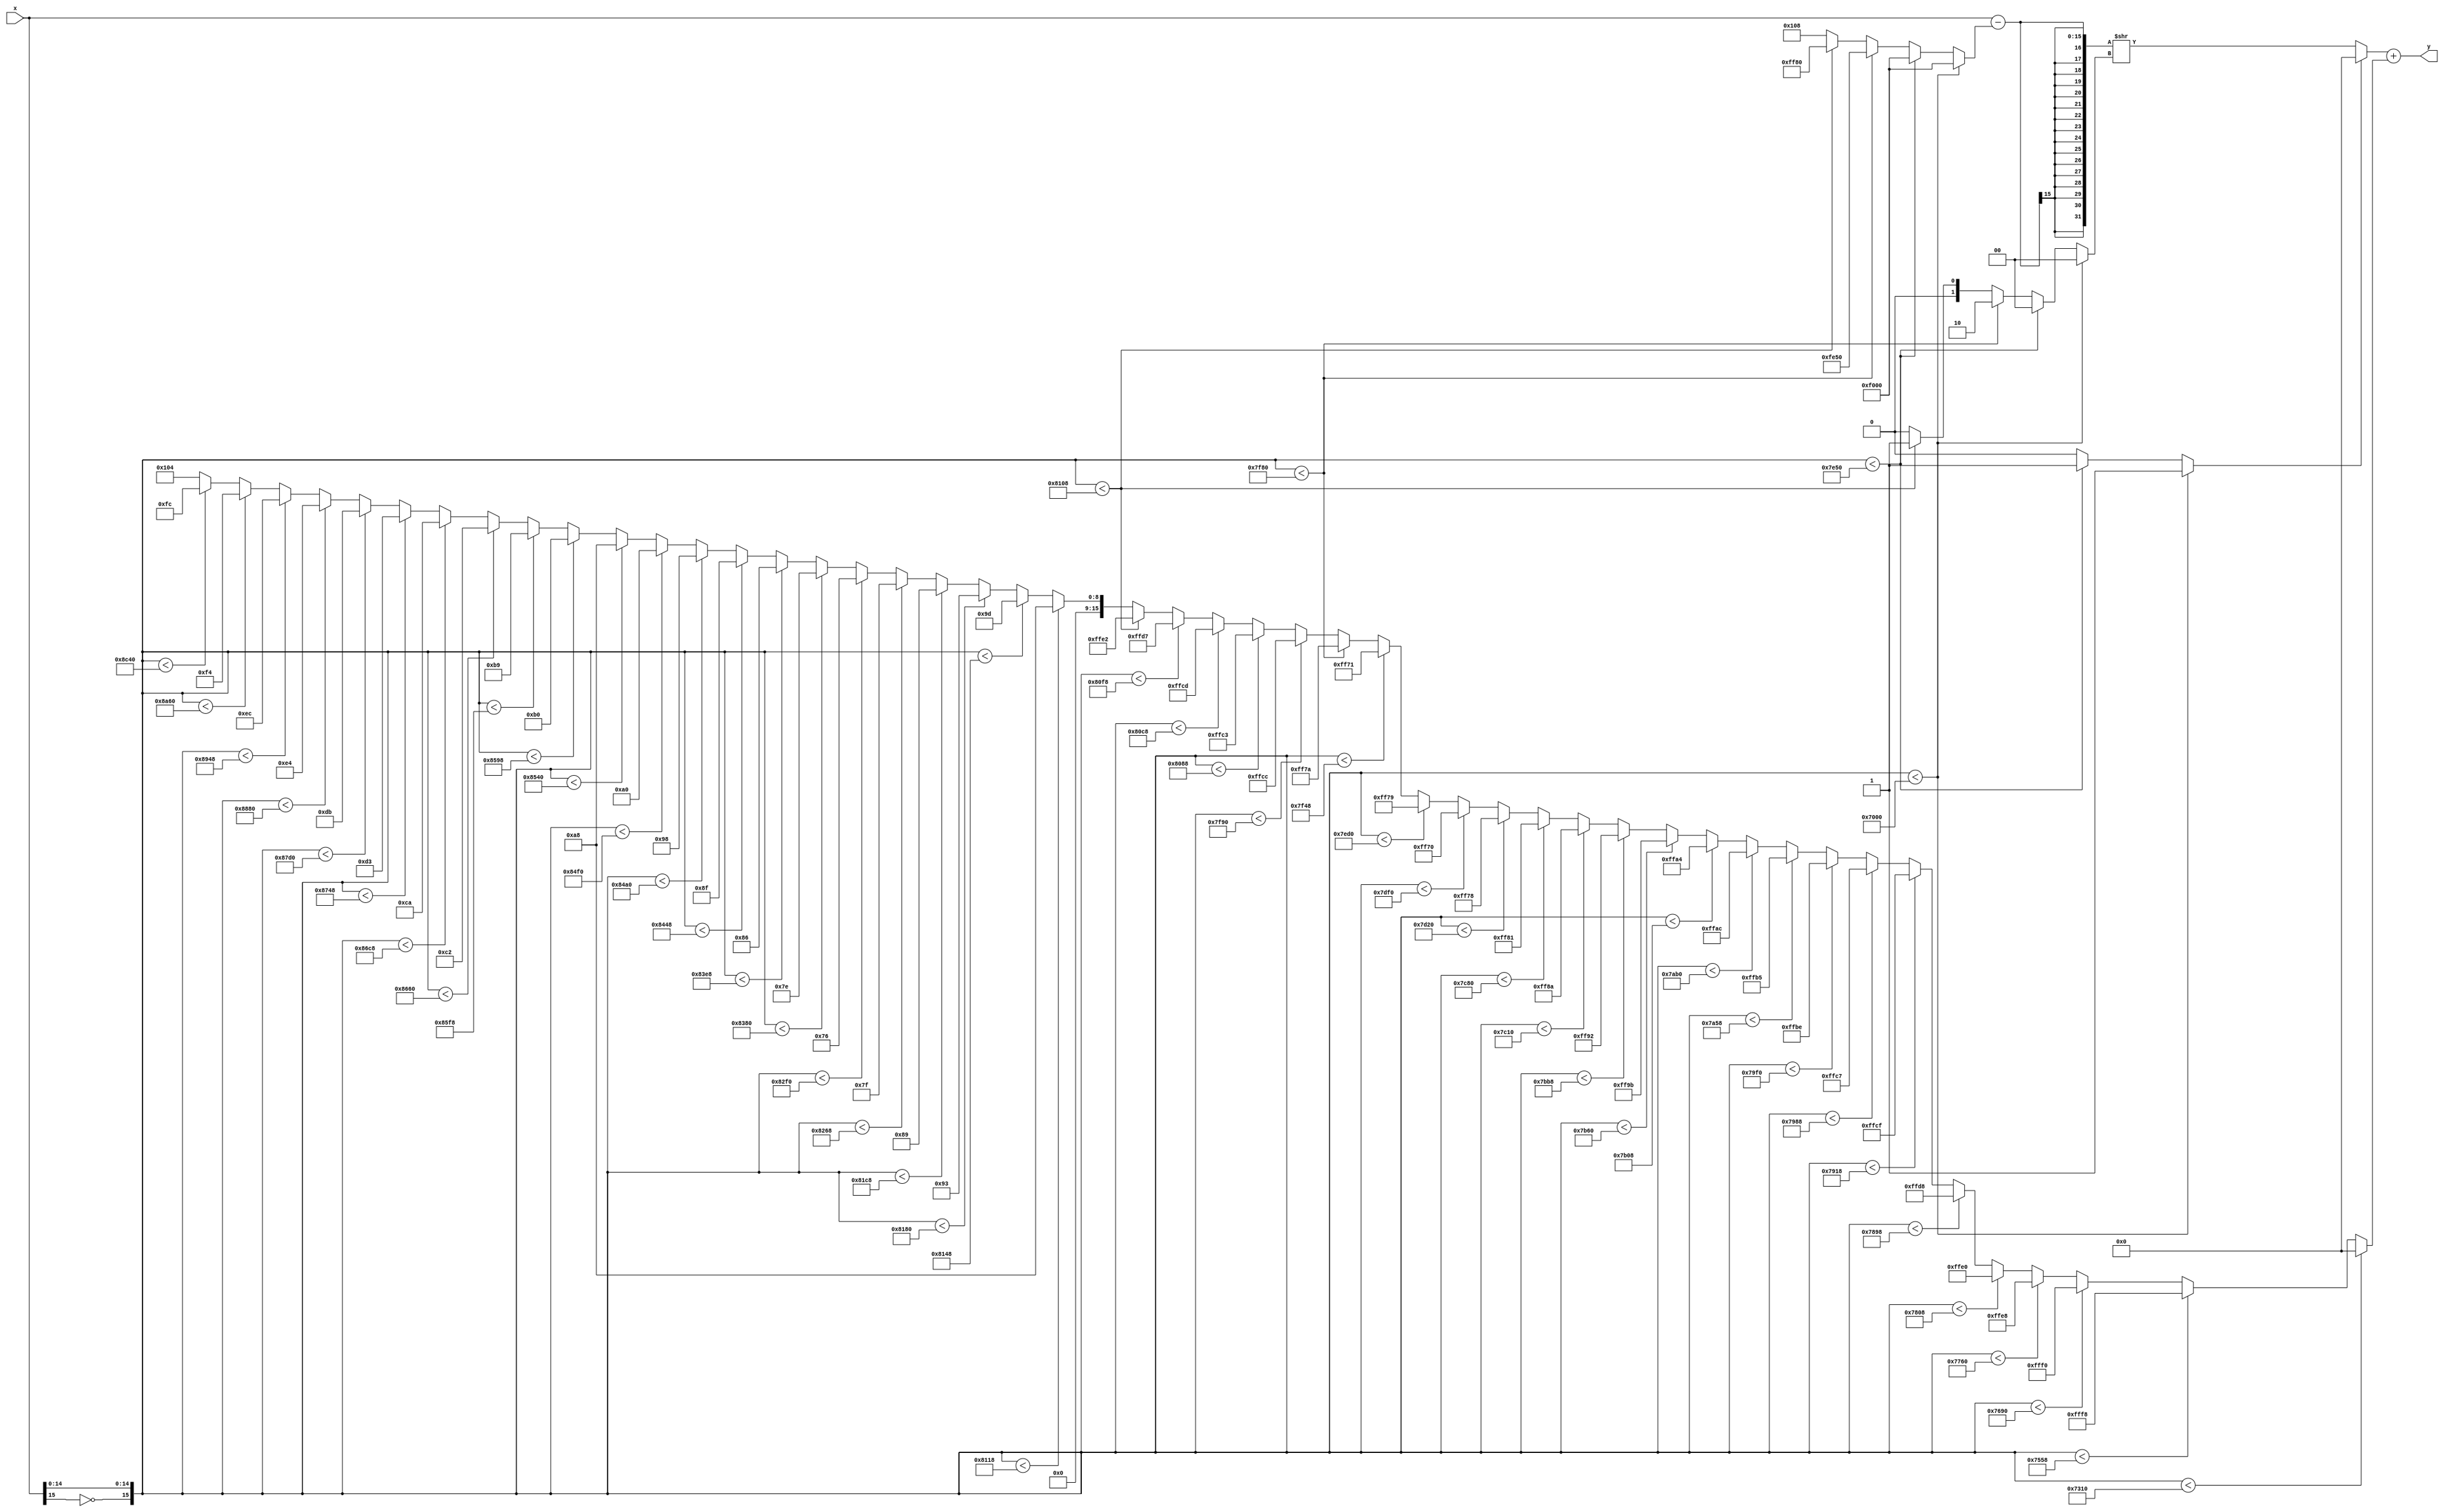
module siluPWL(
	input [15:0] x,
	output wire [15:0] y
);

reg [3:0] slope;
reg [15:0] bias;
reg [15:0] x_delta;
reg zero;
wire [15:0] x_ = (x - x_delta);
assign y = ((zero)? 0: ({{16{x_[15]}},x_} >> slope)) + bias;

/**************** Compare and LUT *****************/
always @(*) begin
	if({~x[15],x[14:0]} < (16'h7000)) begin // -8.000000 
		slope = 16'h0;
		zero = 1;
		x_delta = 16'hf000;
	end else 	if({~x[15],x[14:0]} < (16'h7e50)) begin // -0.843750 
		slope = 16'h0;
		zero = 1;
		x_delta = 16'hf000;
	end else 	if({~x[15],x[14:0]} < (16'h7f80)) begin // -0.250000 
		slope = 16'h2; // 0.250000
		zero = 0;
		x_delta = 16'hfe50;
	end else 	if({~x[15],x[14:0]} < (16'h8108)) begin // 0.515625 
		slope = 16'h1; // 0.500000
		zero = 0;
		x_delta = 16'hff80;
	end else begin
		slope = 16'h0; // 1.000000
		zero = 0;
		x_delta = 16'h108;
	end

	if({~x[15],x[14:0]} < (16'h7310)) begin // -6.468750
		bias = 16'h0; // 0.000000 
	end else 	if({~x[15],x[14:0]} < (16'h7558)) begin // -5.328125
		bias = 16'hfff8; // -0.015625 
	end else 	if({~x[15],x[14:0]} < (16'h7690)) begin // -4.718750
		bias = 16'hfff0; // -0.031250 
	end else 	if({~x[15],x[14:0]} < (16'h7760)) begin // -4.312500
		bias = 16'hffe8; // -0.046875 
	end else 	if({~x[15],x[14:0]} < (16'h7808)) begin // -3.984375
		bias = 16'hffe0; // -0.062500 
	end else 	if({~x[15],x[14:0]} < (16'h7898)) begin // -3.703125
		bias = 16'hffd8; // -0.078125 
	end else 	if({~x[15],x[14:0]} < (16'h7918)) begin // -3.453125
		bias = 16'hffcf; // -0.095703 
	end else 	if({~x[15],x[14:0]} < (16'h7988)) begin // -3.234375
		bias = 16'hffc7; // -0.111328 
	end else 	if({~x[15],x[14:0]} < (16'h79f0)) begin // -3.031250
		bias = 16'hffbe; // -0.128906 
	end else 	if({~x[15],x[14:0]} < (16'h7a58)) begin // -2.828125
		bias = 16'hffb5; // -0.146484 
	end else 	if({~x[15],x[14:0]} < (16'h7ab0)) begin // -2.656250
		bias = 16'hffac; // -0.164062 
	end else 	if({~x[15],x[14:0]} < (16'h7b08)) begin // -2.484375
		bias = 16'hffa4; // -0.179688 
	end else 	if({~x[15],x[14:0]} < (16'h7b60)) begin // -2.312500
		bias = 16'hff9b; // -0.197266 
	end else 	if({~x[15],x[14:0]} < (16'h7bb8)) begin // -2.140625
		bias = 16'hff92; // -0.214844 
	end else 	if({~x[15],x[14:0]} < (16'h7c10)) begin // -1.968750
		bias = 16'hff8a; // -0.230469 
	end else 	if({~x[15],x[14:0]} < (16'h7c80)) begin // -1.750000
		bias = 16'hff81; // -0.248047 
	end else 	if({~x[15],x[14:0]} < (16'h7d20)) begin // -1.437500
		bias = 16'hff78; // -0.265625 
	end else 	if({~x[15],x[14:0]} < (16'h7df0)) begin // -1.031250
		bias = 16'hff70; // -0.281250 
	end else 	if({~x[15],x[14:0]} < (16'h7ed0)) begin // -0.593750
		bias = 16'hff79; // -0.263672 
	end else 	if({~x[15],x[14:0]} < (16'h7f48)) begin // -0.359375
		bias = 16'hff71; // -0.279297 
	end else 	if({~x[15],x[14:0]} < (16'h7f80)) begin // -0.250000
		bias = 16'hff7a; // -0.261719 
	end else 	if({~x[15],x[14:0]} < (16'h7f90)) begin // -0.218750
		bias = 16'hffcc; // -0.101562 
	end else 	if({~x[15],x[14:0]} < (16'h8088)) begin // 0.265625
		bias = 16'hffc3; // -0.119141 
	end else 	if({~x[15],x[14:0]} < (16'h80c8)) begin // 0.390625
		bias = 16'hffcd; // -0.099609 
	end else 	if({~x[15],x[14:0]} < (16'h80f8)) begin // 0.484375
		bias = 16'hffd7; // -0.080078 
	end else 	if({~x[15],x[14:0]} < (16'h8108)) begin // 0.515625
		bias = 16'hffe2; // -0.058594 
	end else 	if({~x[15],x[14:0]} < (16'h8118)) begin // 0.546875
		bias = 16'ha8; // 0.328125 
	end else 	if({~x[15],x[14:0]} < (16'h8148)) begin // 0.640625
		bias = 16'h9d; // 0.306641 
	end else 	if({~x[15],x[14:0]} < (16'h8180)) begin // 0.750000
		bias = 16'h93; // 0.287109 
	end else 	if({~x[15],x[14:0]} < (16'h81c8)) begin // 0.890625
		bias = 16'h89; // 0.267578 
	end else 	if({~x[15],x[14:0]} < (16'h8268)) begin // 1.203125
		bias = 16'h7f; // 0.248047 
	end else 	if({~x[15],x[14:0]} < (16'h82f0)) begin // 1.468750
		bias = 16'h76; // 0.230469 
	end else 	if({~x[15],x[14:0]} < (16'h8380)) begin // 1.750000
		bias = 16'h7e; // 0.246094 
	end else 	if({~x[15],x[14:0]} < (16'h83e8)) begin // 1.953125
		bias = 16'h86; // 0.261719 
	end else 	if({~x[15],x[14:0]} < (16'h8448)) begin // 2.140625
		bias = 16'h8f; // 0.279297 
	end else 	if({~x[15],x[14:0]} < (16'h84a0)) begin // 2.312500
		bias = 16'h98; // 0.296875 
	end else 	if({~x[15],x[14:0]} < (16'h84f0)) begin // 2.468750
		bias = 16'ha0; // 0.312500 
	end else 	if({~x[15],x[14:0]} < (16'h8540)) begin // 2.625000
		bias = 16'ha8; // 0.328125 
	end else 	if({~x[15],x[14:0]} < (16'h8598)) begin // 2.796875
		bias = 16'hb0; // 0.343750 
	end else 	if({~x[15],x[14:0]} < (16'h85f8)) begin // 2.984375
		bias = 16'hb9; // 0.361328 
	end else 	if({~x[15],x[14:0]} < (16'h8660)) begin // 3.187500
		bias = 16'hc2; // 0.378906 
	end else 	if({~x[15],x[14:0]} < (16'h86c8)) begin // 3.390625
		bias = 16'hca; // 0.394531 
	end else 	if({~x[15],x[14:0]} < (16'h8748)) begin // 3.640625
		bias = 16'hd3; // 0.412109 
	end else 	if({~x[15],x[14:0]} < (16'h87d0)) begin // 3.906250
		bias = 16'hdb; // 0.427734 
	end else 	if({~x[15],x[14:0]} < (16'h8880)) begin // 4.250000
		bias = 16'he4; // 0.445312 
	end else 	if({~x[15],x[14:0]} < (16'h8948)) begin // 4.640625
		bias = 16'hec; // 0.460938 
	end else 	if({~x[15],x[14:0]} < (16'h8a60)) begin // 5.187500
		bias = 16'hf4; // 0.476562 
	end else 	if({~x[15],x[14:0]} < (16'h8c40)) begin // 6.125000
		bias = 16'hfc; // 0.492188 
	end else begin
		bias = 16'h104; // 0.492188 
	end
end

endmodule